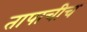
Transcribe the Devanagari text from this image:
तापाचीच